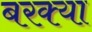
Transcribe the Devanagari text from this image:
बरक्या